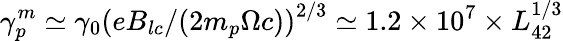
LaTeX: \gamma_{p}^{m}\simeq\gamma_{0}\left(eB_{lc}/(2m_{p}\Omega c)\right)^{2/3}\simeq 1.2\times 10^{7}\times L_{42}^{1/3}